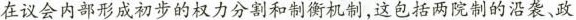
在议会内部形成初步的权力分割和制衡机制，这包括两院制的沿袭、政